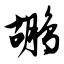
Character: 鹕